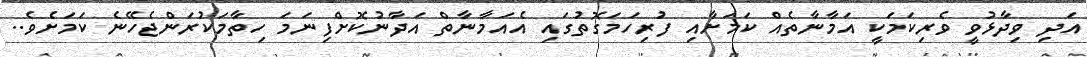
އަދި ވިދާޅުވީ ވެރިކަމަކީ އަމާނާތެއް ކަމަށާއި ފުރިހަމަގޮތުގައި އެއަމާނާތް އަދާނުކޮށްފިނަމަ ހިތާމަކުރަންޖެހޭނެ ކަމަށެވެ..